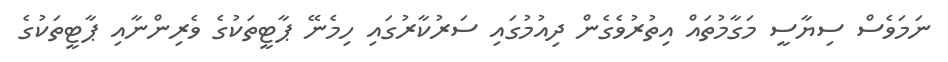
ނަމަވެސް ސިޔާސީ މަގާމުތައް އިތުރުވެގެން ދިއުމުގައި ސަރުކާރުގައި ހިމެނޭ ޕާޓީތަކުގެ ވެރިންނާއި ޕާޓީތަކުގެ